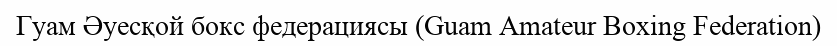
Гуам Әуесқой бокс федерациясы (Guam Amateur Boxing Federation)